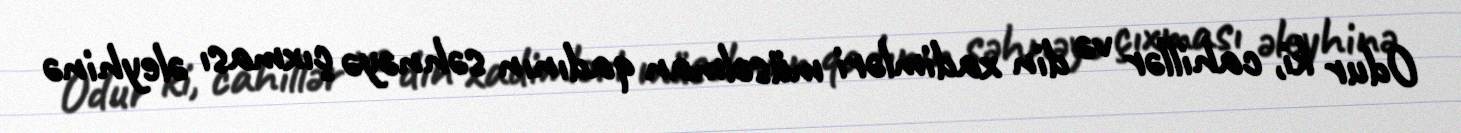
Odur ki, cahillər və din xadimləri müsəlman qadının səhnəyə çıxması əleyhinə